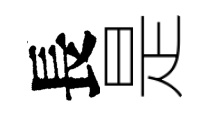
長是